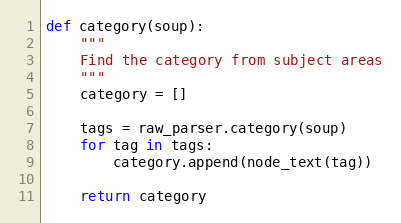
Language: Python
def category(soup):
    """
    Find the category from subject areas
    """
    category = []

    tags = raw_parser.category(soup)
    for tag in tags:
        category.append(node_text(tag))

    return category